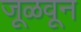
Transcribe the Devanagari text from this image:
जूळवून